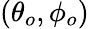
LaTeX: (\theta_{o},\phi_{o})